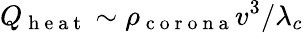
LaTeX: Q_{\mathrm{~h~e~a~t~}}\sim\rho_{\mathrm{~c~o~r~o~n~a~}}v^{3}/\lambda_{c}